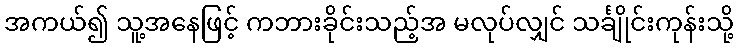
အကယ်၍ သူ့အနေဖြင့် ကဘားခိုင်းသည့်အ မလုပ်လျှင် သင်္ချိုင်းကုန်းသို့